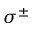
\sigma ^ { \pm }